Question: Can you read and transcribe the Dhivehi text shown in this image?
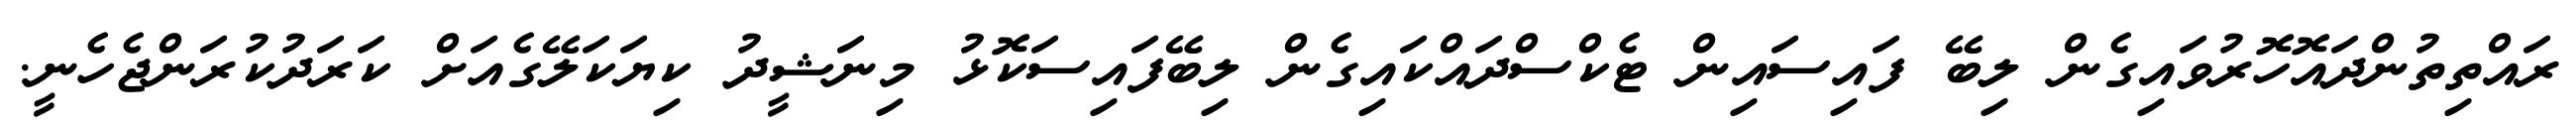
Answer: ރައްތިތުންދައޮހޮރުވައިގެން ލިބޭ ފައިސައިން ޓެކްސްދައްކައިގެން ލިބޭފައިސަކޮޅު މިނަޝީދު ކިޔަކަލޭގެއަށް ކަރަދުކުރަންޖެހެނީ.